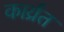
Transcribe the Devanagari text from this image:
कार्य्रत